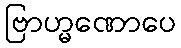
ဗြာဟ္မဏောပေ